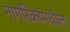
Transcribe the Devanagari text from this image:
नागरिकांमधील